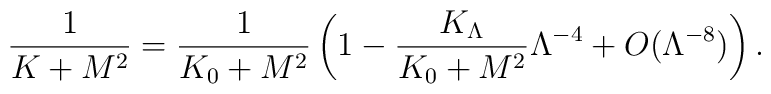
\frac{1}{K+M^2}=\frac{1}{K_0+M^2} \left(   1-\frac{K_\Lambda}{K_0+M^2}\Lambda^{-4}+O(\Lambda^{-8}) \right).